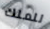
للملك